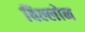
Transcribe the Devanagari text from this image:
विल्लोन